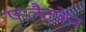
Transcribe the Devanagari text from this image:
फलैटफेन